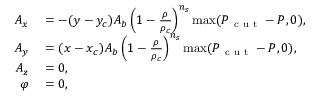
\begin{array} { r l } { A _ { x } } & { { } = - ( y - y _ { c } ) A _ { b } \left( 1 - \frac { \rho } { \rho _ { c } } \right) ^ { n _ { s } } \operatorname* { m a x } ( P _ { \mathrm { ~ c ~ u ~ t ~ } } - P , 0 ) , } \\ { A _ { y } } & { { } = ( x - x _ { c } ) A _ { b } \left( 1 - \frac { \rho } { \rho _ { c } } \right) ^ { n _ { s } } \operatorname* { m a x } ( P _ { \mathrm { ~ c ~ u ~ t ~ } } - P , 0 ) , } \\ { A _ { z } } & { { } = 0 , } \\ { \varphi } & { { } = 0 , } \end{array}